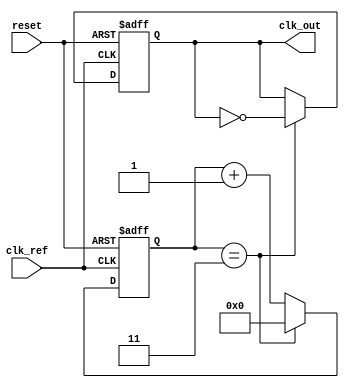
module low_jitter_pll (
    input wire clk_ref,           // Reference clock input
    input wire reset,             // Reset signal
    output reg clk_out            // Output clock
);

    // Parameters
    parameter DIV_RATIO = 4;      // Frequency division ratio
    parameter VCO_MAX_FREQ = 100; // Maximum VCO frequency (arbitrary units)
    parameter VCO_MIN_FREQ = 10;  // Minimum VCO frequency (arbitrary units)

    // Internal signals
    reg [1:0] phase_error;        // Phase error signal from phase detector
    reg [7:0] control_voltage;     // Control voltage for VCO
    reg [7:0] vco_freq;            // Current frequency of VCO
    reg [3:0] divider_count;       // Counter for frequency divider

    // Phase Detector (PD)
    always @(posedge clk_ref or posedge reset) begin
        if (reset) begin
            phase_error <= 2'b00;
        end else begin
            // Simple phase detector logic (for illustration)
            // Compare reference clock with feedback clock
            if (clk_out) begin
                phase_error <= 2'b01; // Reference leads feedback
            end else begin
                phase_error <= 2'b10; // Feedback leads reference
            end
        end
    end

    // Loop Filter (LF)
    always @(posedge clk_ref or posedge reset) begin
        if (reset) begin
            control_voltage <= 8'b0;
        end else begin
            // Simple loop filter logic (for illustration)
            case (phase_error)
                2'b01: control_voltage <= control_voltage + 1; // Increase control voltage
                2'b10: control_voltage <= control_voltage - 1; // Decrease control voltage
                default: control_voltage <= control_voltage;    // No change
            endcase
        end
    end

    // Voltage-Controlled Oscillator (VCO)
    always @(posedge clk_ref or posedge reset) begin
        if (reset) begin
            vco_freq <= VCO_MIN_FREQ; // Start at minimum frequency
        end else begin
            // Adjust VCO frequency based on control voltage
            vco_freq <= VCO_MIN_FREQ + control_voltage % (VCO_MAX_FREQ - VCO_MIN_FREQ);
        end
    end

    // Frequency Divider (FD)
    always @(posedge clk_ref or posedge reset) begin
        if (reset) begin
            divider_count <= 0;
            clk_out <= 0;
        end else begin
            if (divider_count == (DIV_RATIO - 1)) begin
                clk_out <= ~clk_out; // Toggle output clock
                divider_count <= 0;   // Reset counter
            end else begin
                divider_count <= divider_count + 1; // Increment counter
            end
        end
    end

endmodule